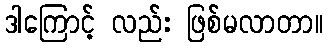
ဒါကြောင့် လည်း ဖြစ်မလာတာ။